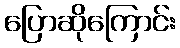
ပြောဆိုကြောင်း